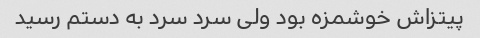
پیتزاش خوشمزه بود ولی سرد سرد به دستم رسید